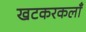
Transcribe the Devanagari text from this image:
खटकरकलाँ